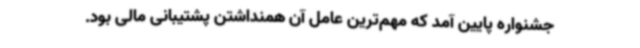
جشنواره پایین آمد که مهم‌ترین عامل آن همنداشتن پشتیبانی مالی بود.